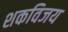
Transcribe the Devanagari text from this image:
शकविजय